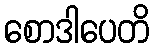
စောဒါပေတိ